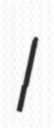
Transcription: I